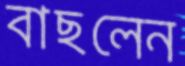
বাছলেন